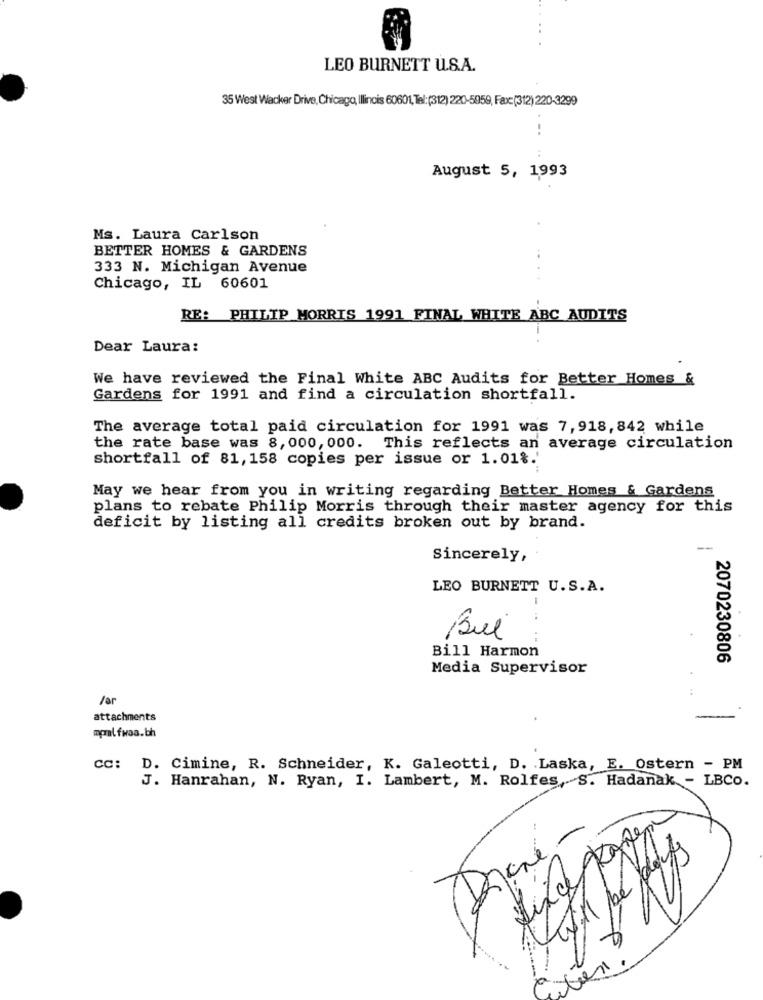
LEO BURNETT U.S.A.
35 West Wacker Drive, Chicago, Illinois 60601, Tel:(312) 220-5959, Fax:(312) 220-3299
.-.
August 5, 1993
Ms. Laura Carlson
BETTER HOMES & GARDENS
333 N. Michigan Avenue
Chicago, IL 60601
RE: PHILIP MORRIS 1991 FINAL WHITE ABC AUDITS
-
Dear Laura:
We have reviewed the Final White ABC Audits for Better Homes &
Gardens for 1991 and find a circulation shortfall.
The average total paid circulation for 1991 was 7, 918, 842 while
the rate base was 8, 000, 000. This reflects an average circulation
shortfall of 81, 158 copies per issue or 1.01%.'
May we hear from you in writing regarding Better Homes & Gardens
plans to rebate Philip Morris through their master agency for this
deficit by listing all credits broken out by brand.
--
Sincerely,
LEO BURNETT U.S.A.
Bul
...-
Bill Harmon
2070230806
Media Supervisor
/or
attachments
mpralfwaa.bh
cc: D. Cimine, R. Schneider, K. Galeotti, D. Laska, E. Ostern - PM
J. Hanrahan, N. Ryan, I. Lambert, M. Rolfes, S. Hadanak - LBCO.
-
Diane
N
4
/